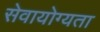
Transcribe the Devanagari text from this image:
सेवायोग्यता